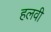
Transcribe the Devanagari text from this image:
हलवी